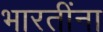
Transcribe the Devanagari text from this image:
भारतींना